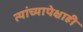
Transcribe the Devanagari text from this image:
त्यांच्यापेक्षाही